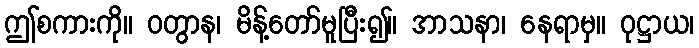
ဤစကားကို။ ဝတွာန၊ မိန့်တော်မူပြီး၍။ အာသနာ၊ နေရာမှ။ ဝုဋ္ဌာယ၊